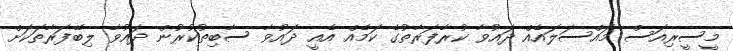
މީސީރިއަސް މައްސަލައެއް ދައުވާ ކުރާފަރާތުގެ ކަމެއް އެއީ ދައުވާ ސާބިތުކުރުން ދައުވާ ލިބޭފަރާތަކަށް